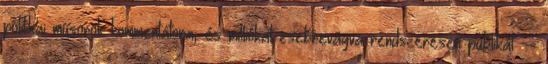
politikai műsorok kommentátora, és milliókat zsebrevágva rendszeresen publikál --